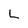
Character: L